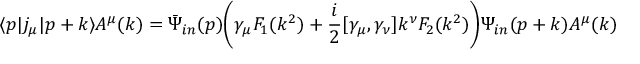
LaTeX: \langle p | j _ { \mu } | p + k \rangle A ^ { \mu } ( k ) = \bar { \Psi } _ { i n } ( p ) \Biggl ( \gamma _ { \mu } F _ { 1 } ( k ^ { 2 } ) + \frac { i } { 2 } [ \gamma _ { \mu } , \gamma _ { \nu } ] k ^ { \nu } F _ { 2 } ( k ^ { 2 } ) \Biggr ) \Psi _ { i n } ( p + k ) A ^ { \mu } ( k )